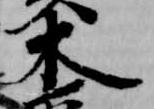
木